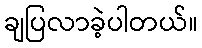
ချပြလာခဲ့ပါတယ်။